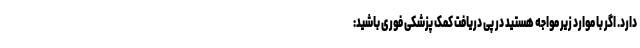
دارد. اگر با موارد زیر مواجه هستید در پی دریافت کمک پزشکی فوری باشید: